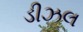
ડીઝલ